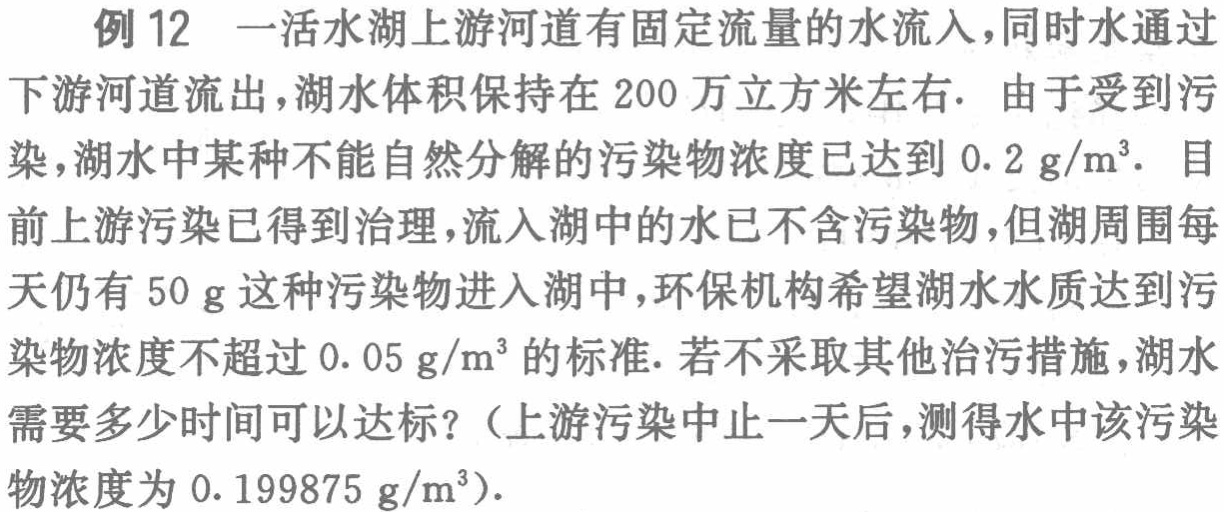
例 12 一活水湖上游河道有固定流量的水流入，同时水通过下游河道流出，湖水体积保持在 200 万立方米左右. 由于受到污染，湖水中某种不能自然分解的污染物浓度已达到 \(0.2\mathrm{ g/m}^3\). 目前上游污染已得到治理，流入湖中的水已不含污染物，但湖周围每天仍有 \(50\mathrm{ g}\) 这种污染物进入湖中，环保机构希望湖水水质达到污染物浓度不超过 \(0.05\mathrm{ g/m}^3\) 的标准. 若不采取其他治污措施，湖水需要多少时间可以达标？（上游污染中止一天后，测得水中该污染物浓度为 \(0.199875\mathrm{ g/m}^3\).）